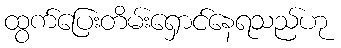
ထွက်ပြေးတိမ်းရှောင်နေရသည်ဟု